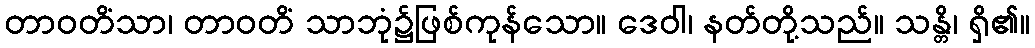
တာဝတိံသာ၊ တာဝတိံ သာဘုံ၌ဖြစ်ကုန်သော။ ဒေဝါ၊ နတ်တို့သည်။ သန္တိ၊ ရှိ၏။